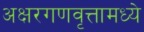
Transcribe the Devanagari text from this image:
अक्षरगणवृत्तामध्ये